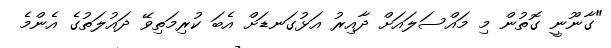
"ގާނޫނީ ގޮތުން މި މައްސަލައަށް ދާއިރު އަޅުގަނޑަށް އެބަ ކުރިމަތިވޭ ދައުލަތުގެ އެންމެ